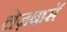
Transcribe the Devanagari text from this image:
लेज़बासॅ